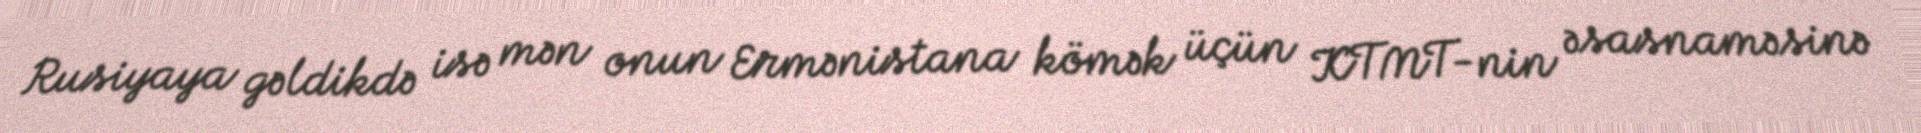
Rusiyaya gəldikdə isə mən onun Ermənistana kömək üçün KTMT-nin əsasnaməsinə